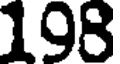
198